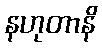
နဟုတာနိ